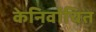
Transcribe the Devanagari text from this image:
केनिर्वाचित